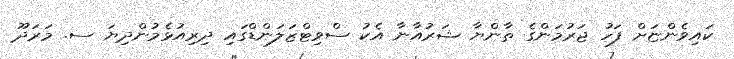
ކައިވެންޏަށް ފަހު ޖަރުމަންގެ ތާންޔާ ޝަރުއާނާ އެކު ސްވިޓްޒަލަންޑްގައި ދިރިއުޅެމުންދިޔަ ސ. މަރަދޫ